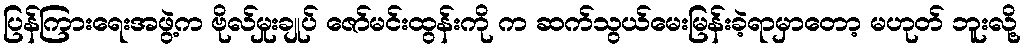
ပြန်ကြားရေးအဖွဲ့က ဗိုလ်မှုးချုပ် ဇော်မင်းထွန်းကို က ဆက်သွယ်မေးမြန်းခဲ့ရာမှာတော့ မဟုတ် ဘူးလို့